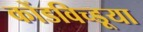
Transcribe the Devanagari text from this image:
कोंडविच्डूया